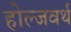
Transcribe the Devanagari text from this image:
होल्जवर्थ